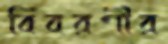
বিবরণীর